Uue-Poltsamaa_vallakohus, lk 77
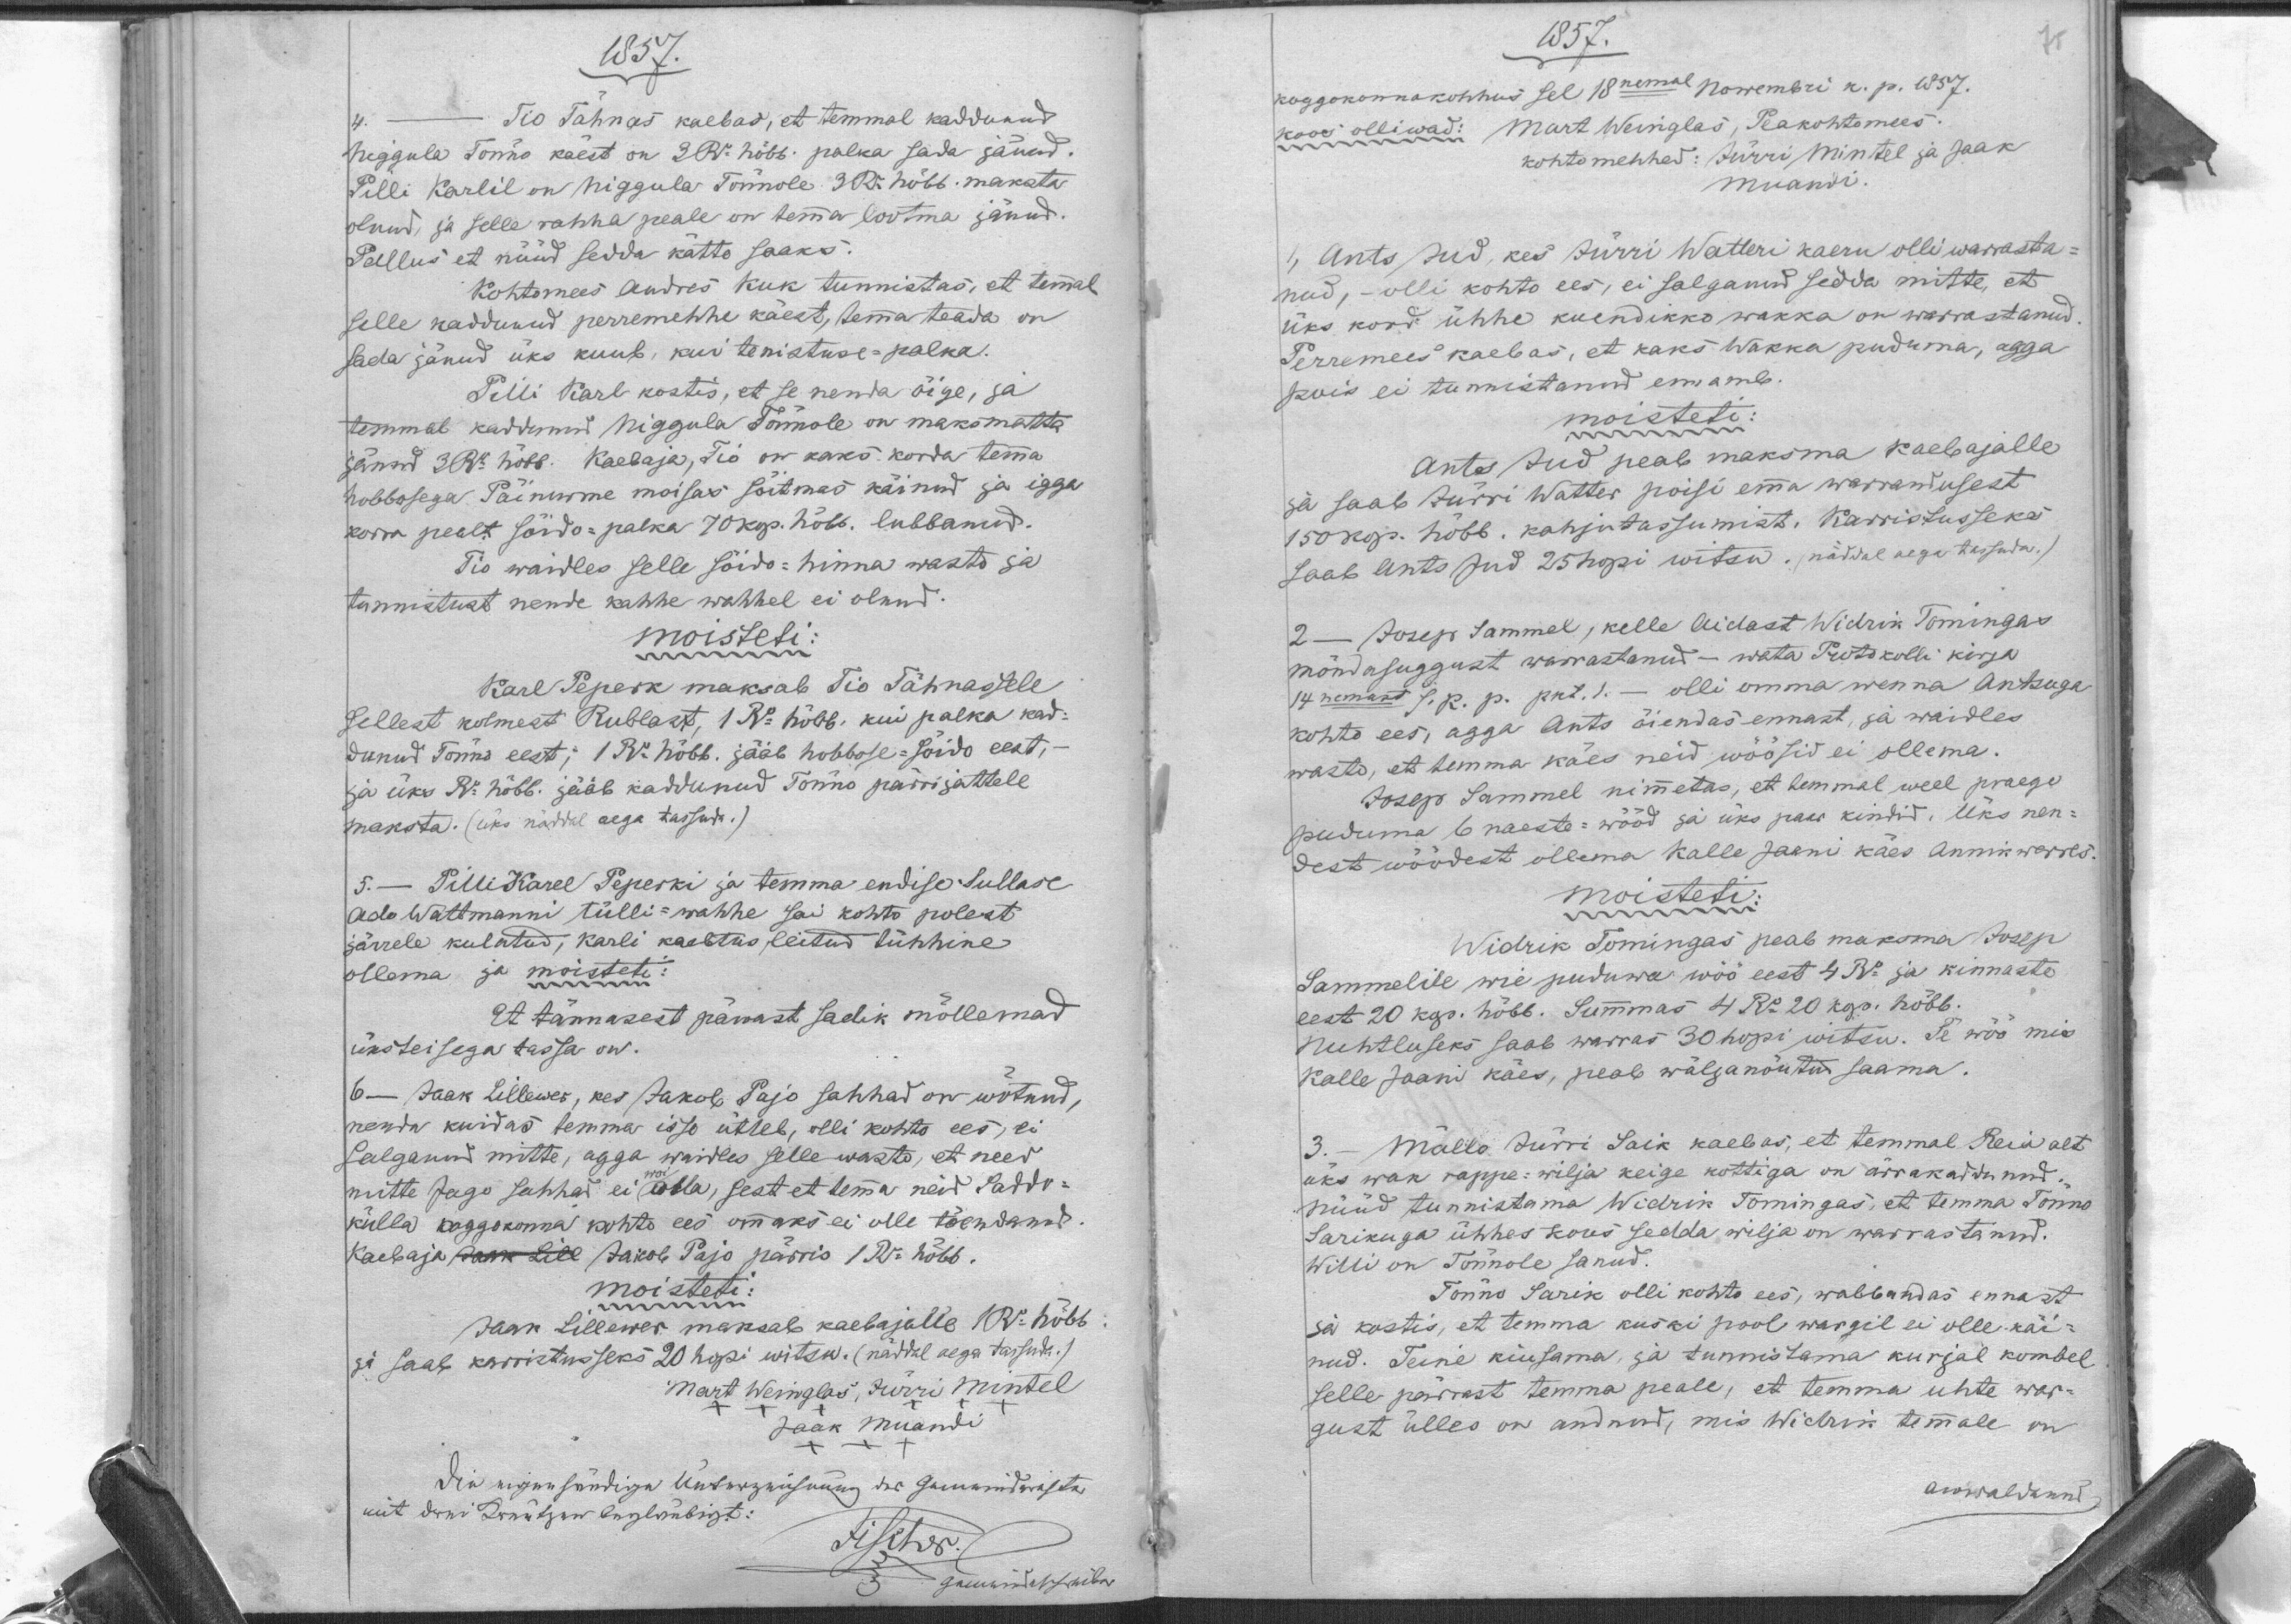
1857.
Tio Tähnas kaebas, et temmal kaddunud
4.
Niggula Tõnno käest on 3 Ru. hõbb. palka sada jänud.
Pilli Karlil on Niggula Tõnnole 3 Ru hõbb. maksta
olnud ja selle rahha peale on temma lootma jänud.
Pallus et nüüd sedda kätte saaks.
Kohtomees Andres Kuk tunnistas, et temmal
selle kaddunud perremehhe käest, temma teada on
sada jänud üks kuub, kui tenistuse-palka.
Pilli Karl kostis, et se nenda õige, ja
temmal kaddunud Niggula Tõnnole on maksmatta
jänud 2 Ru hõbb. Kaebaja, Tio on kaks korda temma
hobbosega. Päinurme moisas sõitmas käinud ja igga
korra pealt sõido-palka 70 kop. hõbb. lubbanud.
Tio waidles selle söido-hinna wasto ja
tunnistust nende kahhe wahhel ei olnud.
moisteti:
Karl Peperk maksab Tio Tähnasele
Sellest kolmest Rublast, 1 Ru hõbb. kui palka kad-
dunud Tõnno eest, 1 Ru. hõbb. jääb hobbose-sõido eest,
ja üks Ru hõbb. jääb kaddunud Tõnno pärrijattele
maksta. (üks näddal aega tassuda.)
5. - Pilli Karel Peperki ja temma endise Sullase
Ado Wattmanni tülli-wahhe sai kohto polest
järrele kulatud, Karli kaebtus leitud tühhine
ollama ja moisteti:
Et tännasest pärrast sadik mõllemad
üksteisega tassa on.
6 - Jaak Lillewer, kes Jakob Pajo sahhad on wõtnud,
nenda kuidas temma isse ütleb, olli kohto ees, ei
salganud mitte, agga waidles selle wasto et need
mitte Jago sahhad ei woi olla, sest et temma neid Saddo-
külla koggokonna kohto ees ommaks ei olle tõendanud.
Kaebaja Jaak Lill Jakob Pajo pärris 1Ru. hõbb.
moisteti:
Jaak Lillewer maksab kaebajalle 1 Ru hõbb.
ja saab karristusseks 20 hopi witsu. (näddal aega tassuda.)
Mart Weinglas, Jürri Mintel
Jaak Muandi

1857.
Koggokonnakohhus sel 18nemal Nowembri k. p. 1857.
koos olliwad: Mart Weinglas, Peakohtomees.
kohtomehhed: Jürri Mintel ja Jaak
Muandi
1, Ants Jud, kes Jürri Watteri kaeru olli warrasta-
nud, olli kohto ees, ei salganud sedda mitte et
üks kord ühhe kuendikko wakka on warrastanud.
Perremees kaebas, et kaks Wakka puduma, agga
pois ei tunnistanud ennamb.
moisteti:
Ants Jud peab maksma kaebajalle
ja saab Jürri Watter poisi emma warrandusest
150 kop. hõbb. kahjutassumist. Karristusseks
saab Ants Jud 25 hopi witsu. (näddal aega tassuda.)
2 - Josep Sammel, kelle Aidast Widrik Tomingas
mõndasuggust warrastanud - wata Protokolli kirja
14nemast s. k. p. pkt. 1. - olli omma wenna Antsuga
kohto ees, agga Ants õiendas ennast, ja waidles
wasto, et temma käes neid wöösid ei ollema.
Josep Sammel nimmetas, et temmal weel praego
puduma 6 naeste-wööd ja üks paar kindid. Üks nen-
dest wöödest ollema Kalle Jaani käes Annikwerres.
moisteti:
Widrik Tomingas peab maksma Josep
Sammelile wie puduwa wöö eest 4 Ru ja kinnaste
eest 20 kop. hõbb. Summas 4 Ru 20 kop. hõbb.
Nuhtluseks saab warras 30 hopi witsu. Se wöö mis
Kalle Jaani käes, peab wäljanõutud saama.
3. - Mällo Jürri Saik kaebas, et temmal Reia alt
üks wak rappe-wilja keige kottiga on ärrakaddunud
nüüd tunnistama Widrik Tomingas, et temma Tõnno
Sarikuga ühhes kous sedda wilja on warrastanud.
Willi on Tõnnole sanud.
Tõnno Sarik olli kohto ees, wabbandas ennast
ja kostis, et temma kuski pool wargil ei olle käi-
nud. Teine kiusama ja tunnistama kurjal kombel
selle pärrast temma peale, et temma ühte war-
gust ülles on andnud, mis Widrik temmale on
awwaldanud